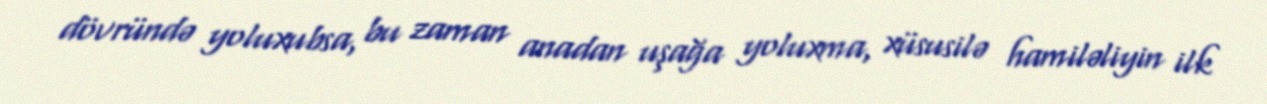
dövründə yoluxubsa, bu zaman anadan uşağa yoluxma, xüsusilə hamiləliyin ilk